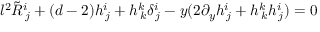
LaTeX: l ^ { 2 } \tilde { R } _ { \, j } ^ { i } + ( d - 2 ) h _ { \, j } ^ { i } + h _ { \, k } ^ { k } \delta _ { \, j } ^ { i } - y ( 2 \partial _ { y } h _ { \, j } ^ { i } + h _ { \, k } ^ { k } h _ { \, j } ^ { i } ) = 0